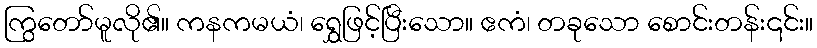
ကြွတော်မူလို၏။ ကနကမယံ၊ ရွှေဖြင့်ပြီးသော။ ဧကံ၊ တခုသော စောင်းတန်း၎င်း။